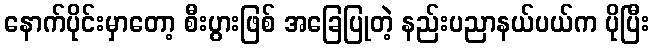
နောက်ပိုင်းမှာတော့ စီးပွားဖြစ် အခြေပြုတဲ့ နည်းပညာနယ်ပယ်က ပိုပြီး